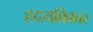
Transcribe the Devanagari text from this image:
ह्रदयविकार